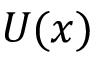
U ( x )